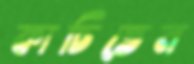
কাচিতেন